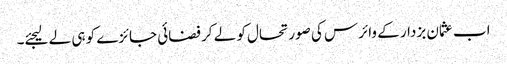
اب عثمان بزدار کے وائرس کی صورتحال کو لے کر فضائی جائزے کو ہی لے لیجئے۔